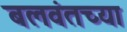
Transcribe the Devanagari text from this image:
बलवंतच्या